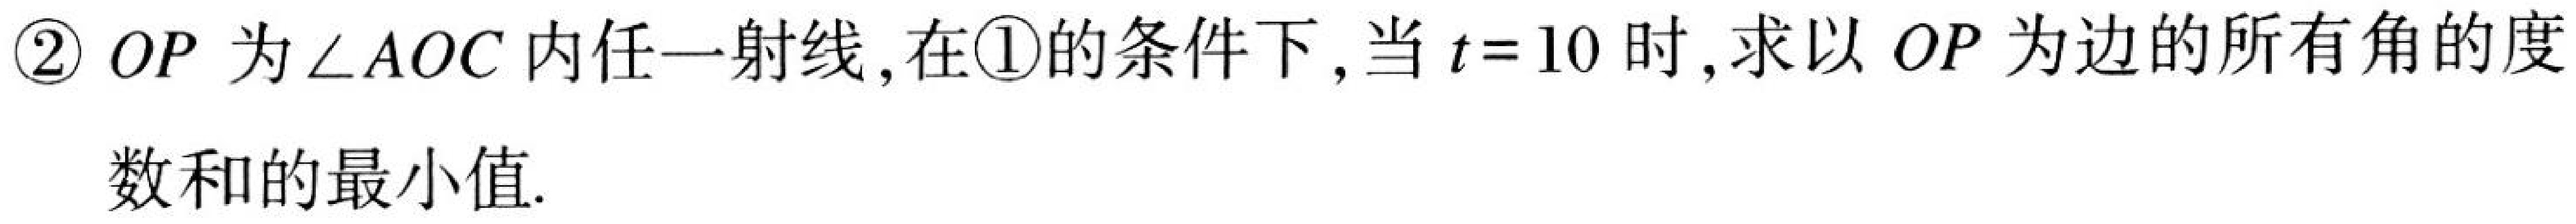
\textcircled{2} \(OP\)为\(\angle AOC\)内任一射线,在\textcircled{1}的条件下,当\(t = 10\)时,求以\(OP\)为边的所有角的度数和的最小值.